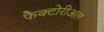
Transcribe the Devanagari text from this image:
फैक्टोरीअल